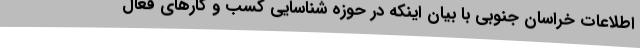
اطلاعات خراسان جنوبی با بیان اینکه در حوزه شناسایی کسب و کارهای فعال